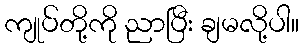
ကျုပ်တို့ကို ညာပြီး ချမလို့ပါ။